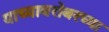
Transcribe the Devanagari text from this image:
याच्याबरोबरच्या